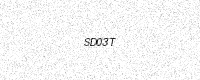
Text: SD03T